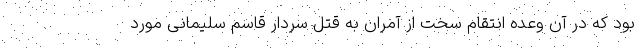
بود که در آن وعده انتقام سخت از آمران به قتل سردار قاسم سلیمانی مورد